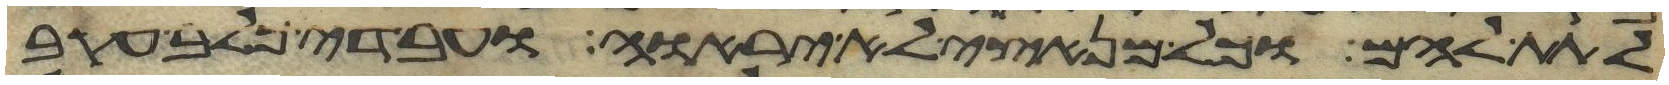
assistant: לתת להם וכל מנאצי לא יראוה ועבדי כלב עקב